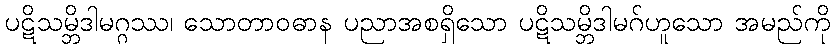
ပဋိသမ္ဘိဒါမဂ္ဂဿ၊ သောတာဝဓာန ပညာအစရှိသော ပဋိသမ္ဘိဒါမဂ်ဟူသော အမည်ကို